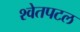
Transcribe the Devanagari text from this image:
श्‍वेतपटल